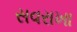
સવરાખા